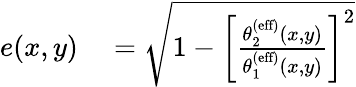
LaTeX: \begin{array}{rl}{e(x,y)}&{{}=\sqrt{1-\left[\frac{\theta_{2}^{\textrm{(eff)}}(x,y)}{\theta_{1}^{\textrm{(eff)}}(x,y)}\right]^{2}}}\end{array}